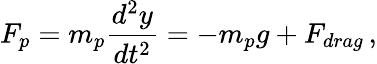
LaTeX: F_{p}=m_{p}\frac{d^{2}y}{dt^{2}}=-m_{p}g+F_{drag}\, ,